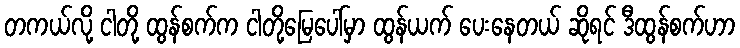
တကယ်လို့ ငါတို့ ထွန်စက်က ငါတို့မြေပေါ်မှာ ထွန်ယက် ပေးနေတယ် ဆိုရင် ဒီထွန်စက်ဟာ